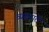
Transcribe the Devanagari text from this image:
व्यख्याते